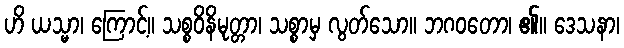
ဟိ ယသ္မာ၊ ကြောင့်။ သစ္စဝိနိမုတ္တာ၊ သစ္စာမှ လွတ်သော။ ဘဂဝတော၊ ၏။ ဒေသနာ၊